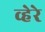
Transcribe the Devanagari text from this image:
व्हेरे